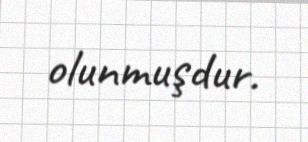
olunmuşdur.